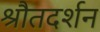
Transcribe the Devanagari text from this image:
श्रौतदर्शन